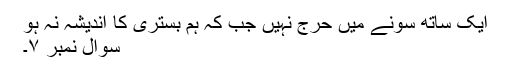
ایک ساتھ سونے میں حرج نہیں جب کہ ہم بستری کا اندیشہ نہ ہو
سوال نمبر ۷۔